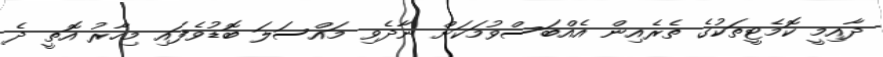
ދާއިމީ ކޮމެޓީތަކުގެ ތެރެއިން އެއްބަސްވުމަކަށް ނާދެވި މައްސަލަ ބޮޑުވެފައި މިހާރު އޮތީ ދެ